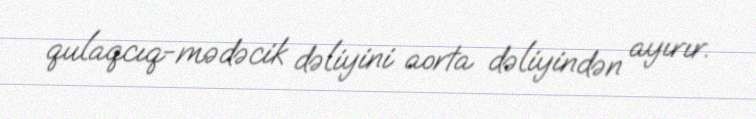
qulaqcıq-mədəcik dəliyini aorta dəliyindən ayırır.